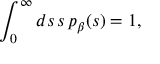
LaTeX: \int _ { 0 } ^ { \infty } d s \, s \, p _ { \beta } ( s ) = 1 ,